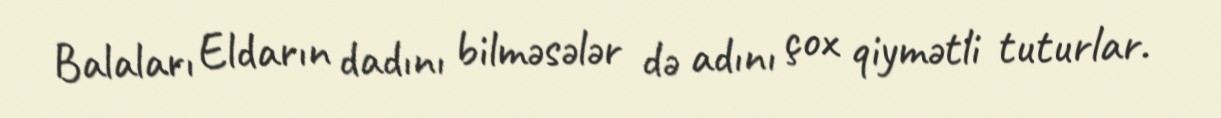
Balaları Eldarın dadını bilməsələr də adını çox qiymətli tuturlar.